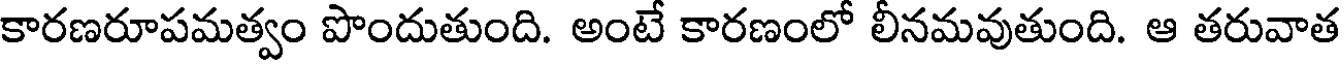
కారణరూపమత్వం పొందుతుంది. అంటే కారణంలో లీనమవుతుంది. ఆ తరువాత